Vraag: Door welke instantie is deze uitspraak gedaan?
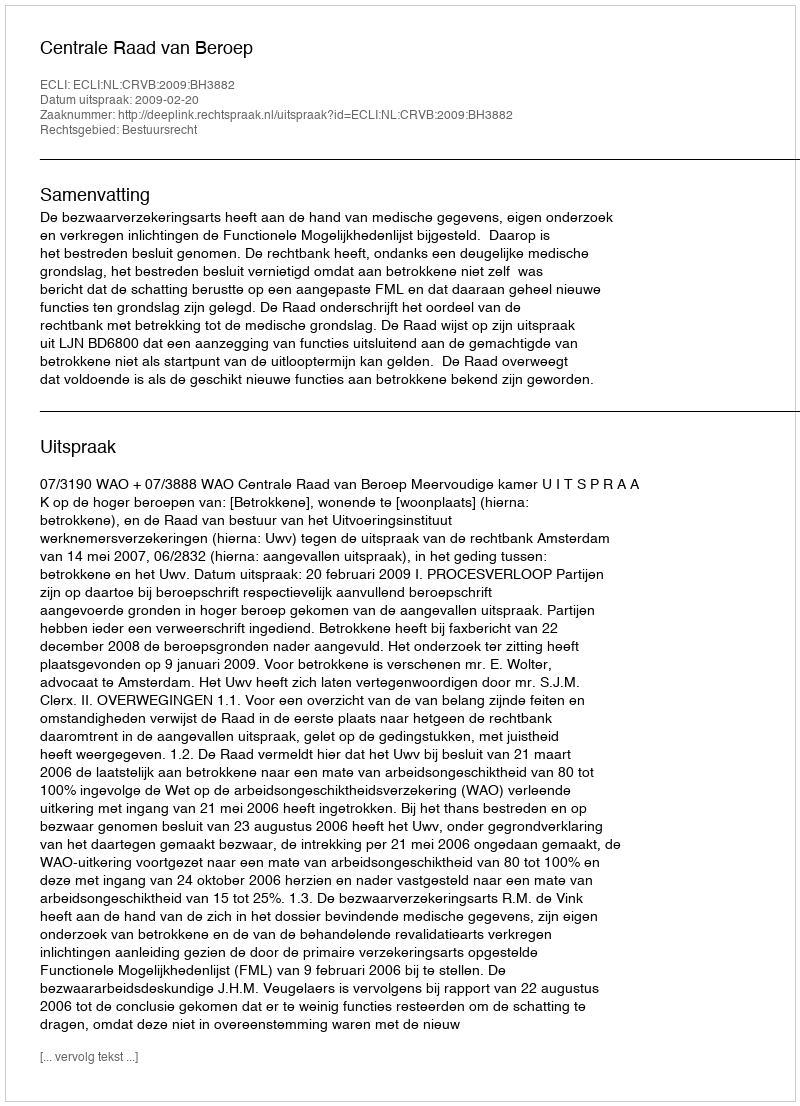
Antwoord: Centrale Raad van Beroep